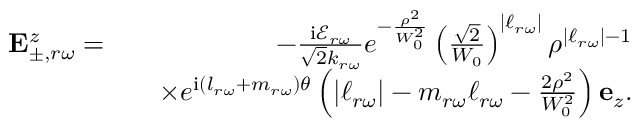
\begin{array} { r l r } { \mathbf { E } _ { \pm , r \omega } ^ { z } = } & { } & { - \frac { \mathrm { i } \mathcal { E } _ { r \omega } } { \sqrt { 2 } k _ { r \omega } } e ^ { - \frac { \rho ^ { 2 } } { W _ { 0 } ^ { 2 } } } \left( \frac { \sqrt { 2 } } { W _ { 0 } } \right) ^ { | \ell _ { r \omega } | } \rho ^ { | \ell _ { r \omega } | - 1 } } \\ & { } & { \times e ^ { \mathrm { i } ( l _ { r \omega } + m _ { r \omega } ) \theta } \left( | \ell _ { r \omega } | - m _ { r \omega } \ell _ { r \omega } - \frac { 2 \rho ^ { 2 } } { W _ { 0 } ^ { 2 } } \right) \mathbf { e } _ { z } . } \end{array}